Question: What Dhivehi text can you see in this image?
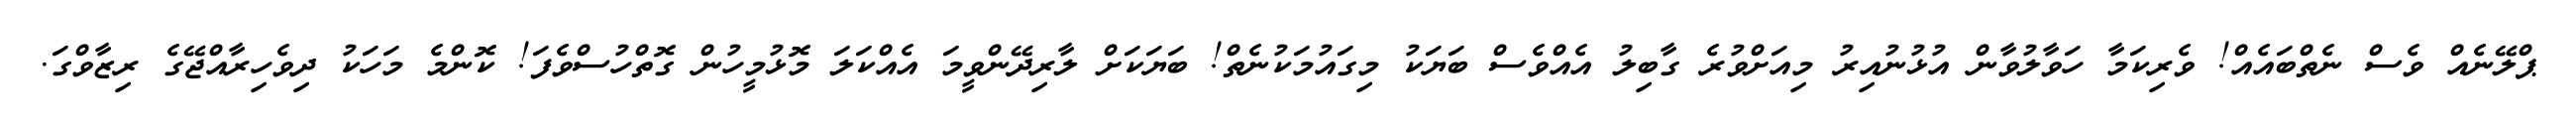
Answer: ޕްލޭނެއް ވެސް ނެތްބައެއް! ވެރިކަމާ ހަވާލުވާން އުޅުނުއިރު މިއަށްވުރެ ގާބިލު އެއްވެސް ބަޔަކު މިގައުމަކުނެތް! ބަޔަކަށް ލާރިދޭންވީމަ އެއްކަލަ މޮޅުމީހުން ގޮތްހުސްވެފަ! ކޮންމެ މަހަކު ދިވެހިރާއްޖޭގެ ރިޒާވްގަ.